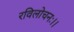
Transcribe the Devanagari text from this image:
रविलोचनः।।